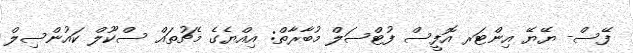
ފޭސް- ޔޭޔޭ އިންޓަރ އޮފީސް ފުޓްސަލް މުބާރާތް: އިއްޔެގެ މެޗުތައް ސްކޫލް ކައުންސިލް